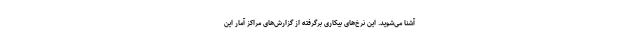
آشنا می‌شوید. این نرخ‌های بیکاری برگرفته از گزارش‌های مراکز آمار این